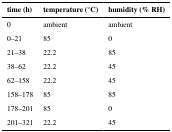
<table><thead><tr><td><b>time (h)</b></td><td><b>temperature (°C)</b></td><td><b>humidity (% RH)</b></td></tr></thead><tbody><tr><td>0</td><td>ambient</td><td>ambient</td></tr><tr><td>0–21</td><td>85</td><td>0</td></tr><tr><td>21–38</td><td>22.2</td><td>85</td></tr><tr><td>38–62</td><td>22.2</td><td>45</td></tr><tr><td>62–158</td><td>22.2</td><td>45</td></tr><tr><td>158–178</td><td>85</td><td>85</td></tr><tr><td>178–201</td><td>85</td><td>0</td></tr><tr><td>201–321</td><td>22.2</td><td>45</td></tr></tbody></table>